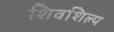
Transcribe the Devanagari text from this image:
शिवशिल्प